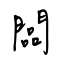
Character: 闆